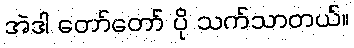
အဲဒါ တော်တော် ပို သက်သာတယ်။